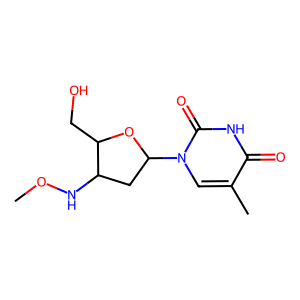
SMILES: CONC1CC(n2cc(C)c(=O)[nH]c2=O)OC1CO
Inhibits HIV replication: No